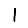
Digit: 1